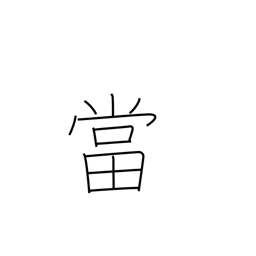
Meaning: accept